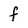
Character: f